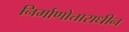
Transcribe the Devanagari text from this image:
निर्माणोत्ताराधीन